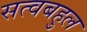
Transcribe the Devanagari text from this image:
सत्वबहुल